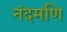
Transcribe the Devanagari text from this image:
नंदमणि